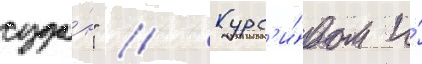
суда́н" // Курс'и́вом и́